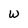
Character: w